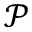
\mathcal { P }